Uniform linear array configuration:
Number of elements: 32
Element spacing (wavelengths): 0.5
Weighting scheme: uniform
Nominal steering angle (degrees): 60
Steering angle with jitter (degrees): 59.721
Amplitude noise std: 0.05
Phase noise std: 0.05

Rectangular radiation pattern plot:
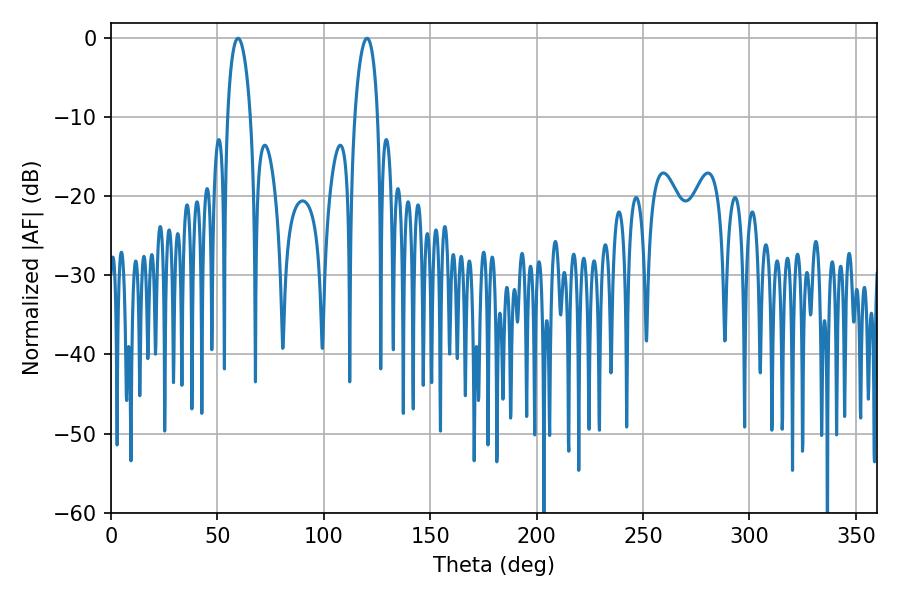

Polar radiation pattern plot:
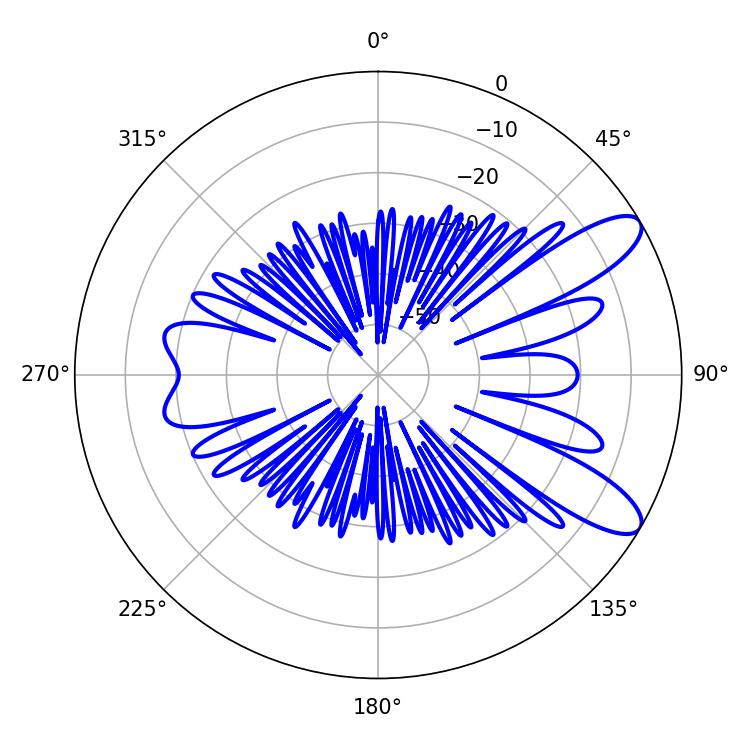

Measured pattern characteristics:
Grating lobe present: FALSE
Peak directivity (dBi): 9.975
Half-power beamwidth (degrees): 6.3
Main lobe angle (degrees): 59.76